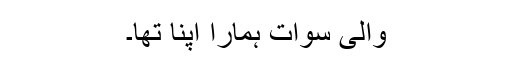
والیِ سوات ہمارا اپنا تھا۔